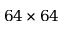
6 4 \times 6 4